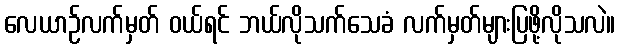
လေယာဉ်လက်မှတ် ဝယ်ရင် ဘယ်လိုသက်သေခံ လက်မှတ်များပြဖို့လိုသလဲ။